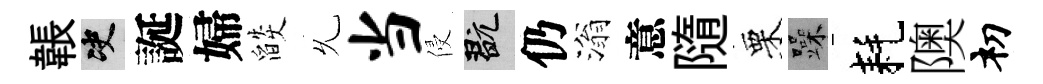
韔决誕婦燄𠃔当侵玩仍滃意隨栗躁耗隩𥘉